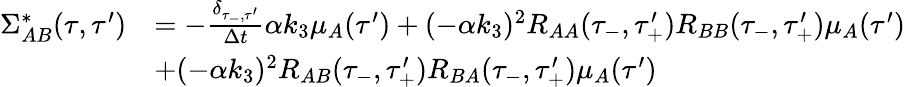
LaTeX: \begin{array}{rl}{\Sigma_{AB}^{*}(\tau,\tau^{\prime})}&{=-\frac{\delta_{\tau_{-},\tau^{\prime}}}{\Delta t}\alpha k_{3}\mu_{A}(\tau^{\prime})+(-\alpha k_{3})^{2}R_{AA}(\tau_{-},\tau_{+}^{\prime})R_{BB}(\tau_{-},\tau_{+}^{\prime})\mu_{A}(\tau^{\prime})}\\ &{+(-\alpha k_{3})^{2}R_{AB}(\tau_{-},\tau_{+}^{\prime})R_{BA}(\tau_{-},\tau_{+}^{\prime})\mu_{A}(\tau^{\prime})}\end{array}